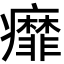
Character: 𬏿